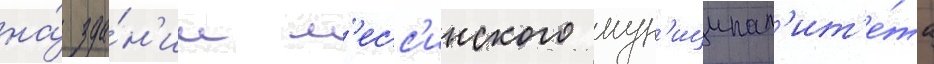
на́ зда́н'ии м'есс'инского мун'иципал'ит'е́та